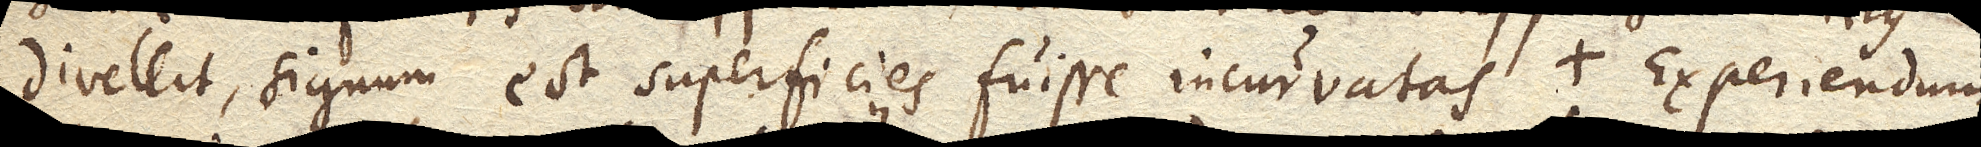
divellit, signum est superficies fuisse incurvatas. Experiendum